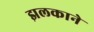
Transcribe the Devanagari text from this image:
झलकाने